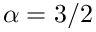
\alpha = 3 / 2